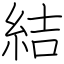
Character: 結